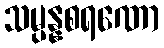
သမ္ပန္နစရဏော